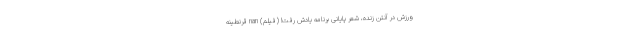
ورزش در آنتن زنده، شعر پایانی برنامه یادش رفت! (فیلم) nan قرنطینه